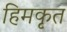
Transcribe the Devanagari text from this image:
हिमकृत